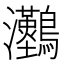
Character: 𤅼